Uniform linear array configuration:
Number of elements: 4
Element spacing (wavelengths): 0.25
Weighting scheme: blackman
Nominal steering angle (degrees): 60
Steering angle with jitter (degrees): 60.051
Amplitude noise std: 0.05
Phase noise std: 0.05

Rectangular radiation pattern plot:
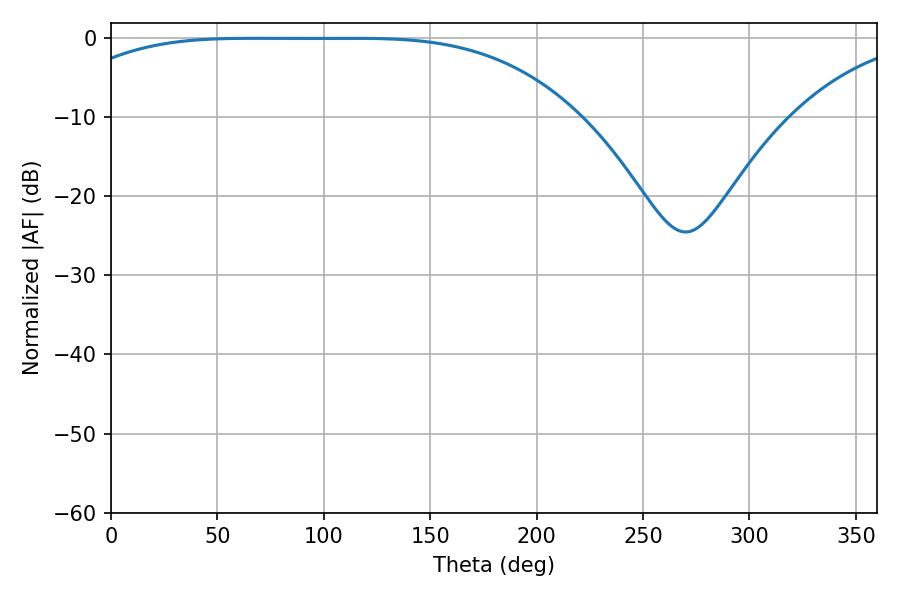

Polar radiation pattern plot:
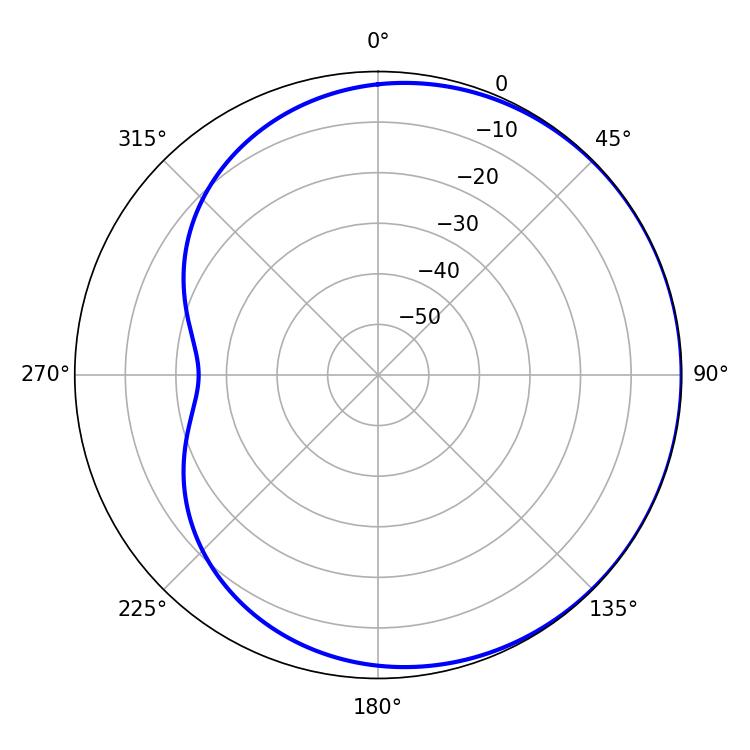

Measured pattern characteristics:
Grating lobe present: FALSE
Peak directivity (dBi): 0.535
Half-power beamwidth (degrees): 184.32
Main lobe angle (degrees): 67.68